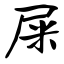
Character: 屎